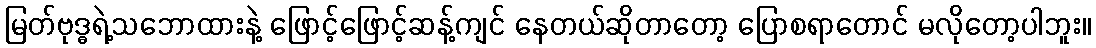
မြတ်ဗုဒ္ဓရဲ့သဘောထားနဲ့ ဖြောင့်ဖြောင့်ဆန့်ကျင် နေတယ်ဆိုတာတော့ ပြောစရာတောင် မလိုတော့ပါဘူး။